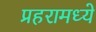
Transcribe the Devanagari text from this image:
प्रहरामध्ये